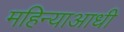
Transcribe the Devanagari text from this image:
महिन्याआधी